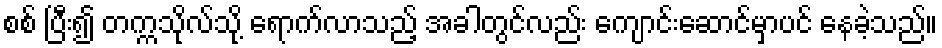
စစ် ပြီး၍ တက္ကသိုလ်သို့ ရောက်လာသည့် အခါတွင်လည်း ကျောင်းဆောင်မှာပင် နေခဲ့သည်။